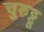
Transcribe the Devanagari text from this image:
चुरुट्टू